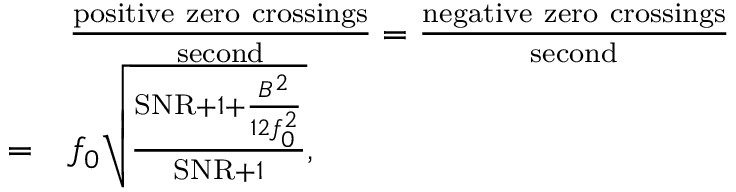
{ \begin{array} { r l } & { { \frac { \mathrm { p o s i t i v e ~ z e r o ~ c r o s s i n g s } } { \mathrm { s e c o n d } } } = { \frac { \mathrm { n e g a t i v e ~ z e r o ~ c r o s s i n g s } } { \mathrm { s e c o n d } } } } \\ { = } & { f _ { 0 } { \sqrt { \frac { { \mathrm { S N R } } + 1 + { \frac { B ^ { 2 } } { 1 2 f _ { 0 } ^ { 2 } } } } { { \mathrm { S N R } } + 1 } } } , } \end{array} }